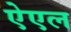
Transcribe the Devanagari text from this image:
ऐएल